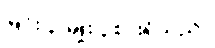
မြင်း ၃ မျိုး ၃စားရှိသည်။